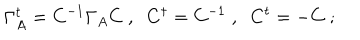
\Gamma _ { A } ^ { t } = C ^ { - 1 } \Gamma _ { A } C \; , \; \; C ^ { \dagger } = C ^ { - 1 } \; , \; \; C ^ { t } = - C \; ;